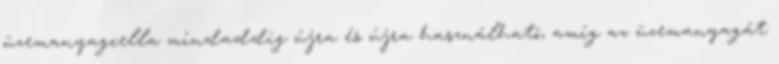
üzemanyagcella mindaddig újra és újra használható, amíg az üzemanyagát